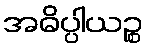
အဓိပ္ပါယဉ္စ